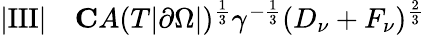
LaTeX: \begin{array}{rl}{|\mathrm{III}|}&{{}\le CA(T|\partial\Omega|)^{\frac 13}\gamma^{-\frac 13}(D_{\nu}+F_{\nu})^{\frac 23}}\end{array}